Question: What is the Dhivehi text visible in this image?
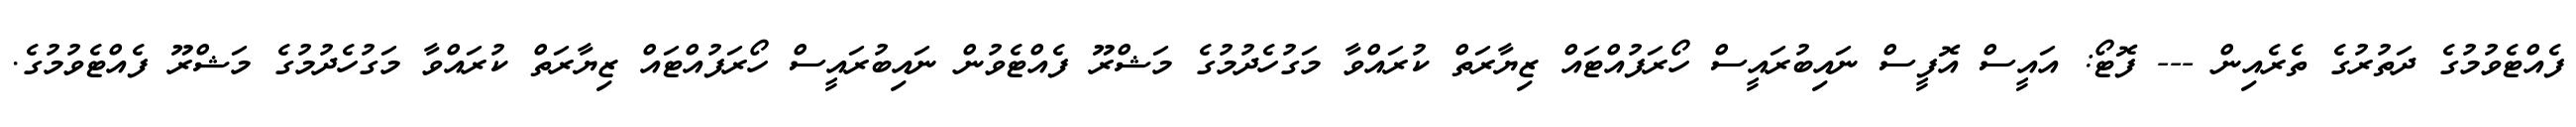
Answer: ފެއްޓެވުމުގެ ދަތުރުގެ ތެރެއިން --- ފޮޓޯ: އައީސް އޮފީސް ނައިބުރައީސް ހޯރަފުއްޓައް ޒިޔާރަތް ކުރައްވާ މަގުހެދުމުގެ މަޝްރޫ ފެއްޓެވުން ނައިބުރައީސް ހޯރަފުއްޓައް ޒިޔާރަތް ކުރައްވާ މަގުހެދުމުގެ މަޝްރޫ ފެއްޓެވުމުގެ.